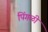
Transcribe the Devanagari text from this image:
पिंगळी